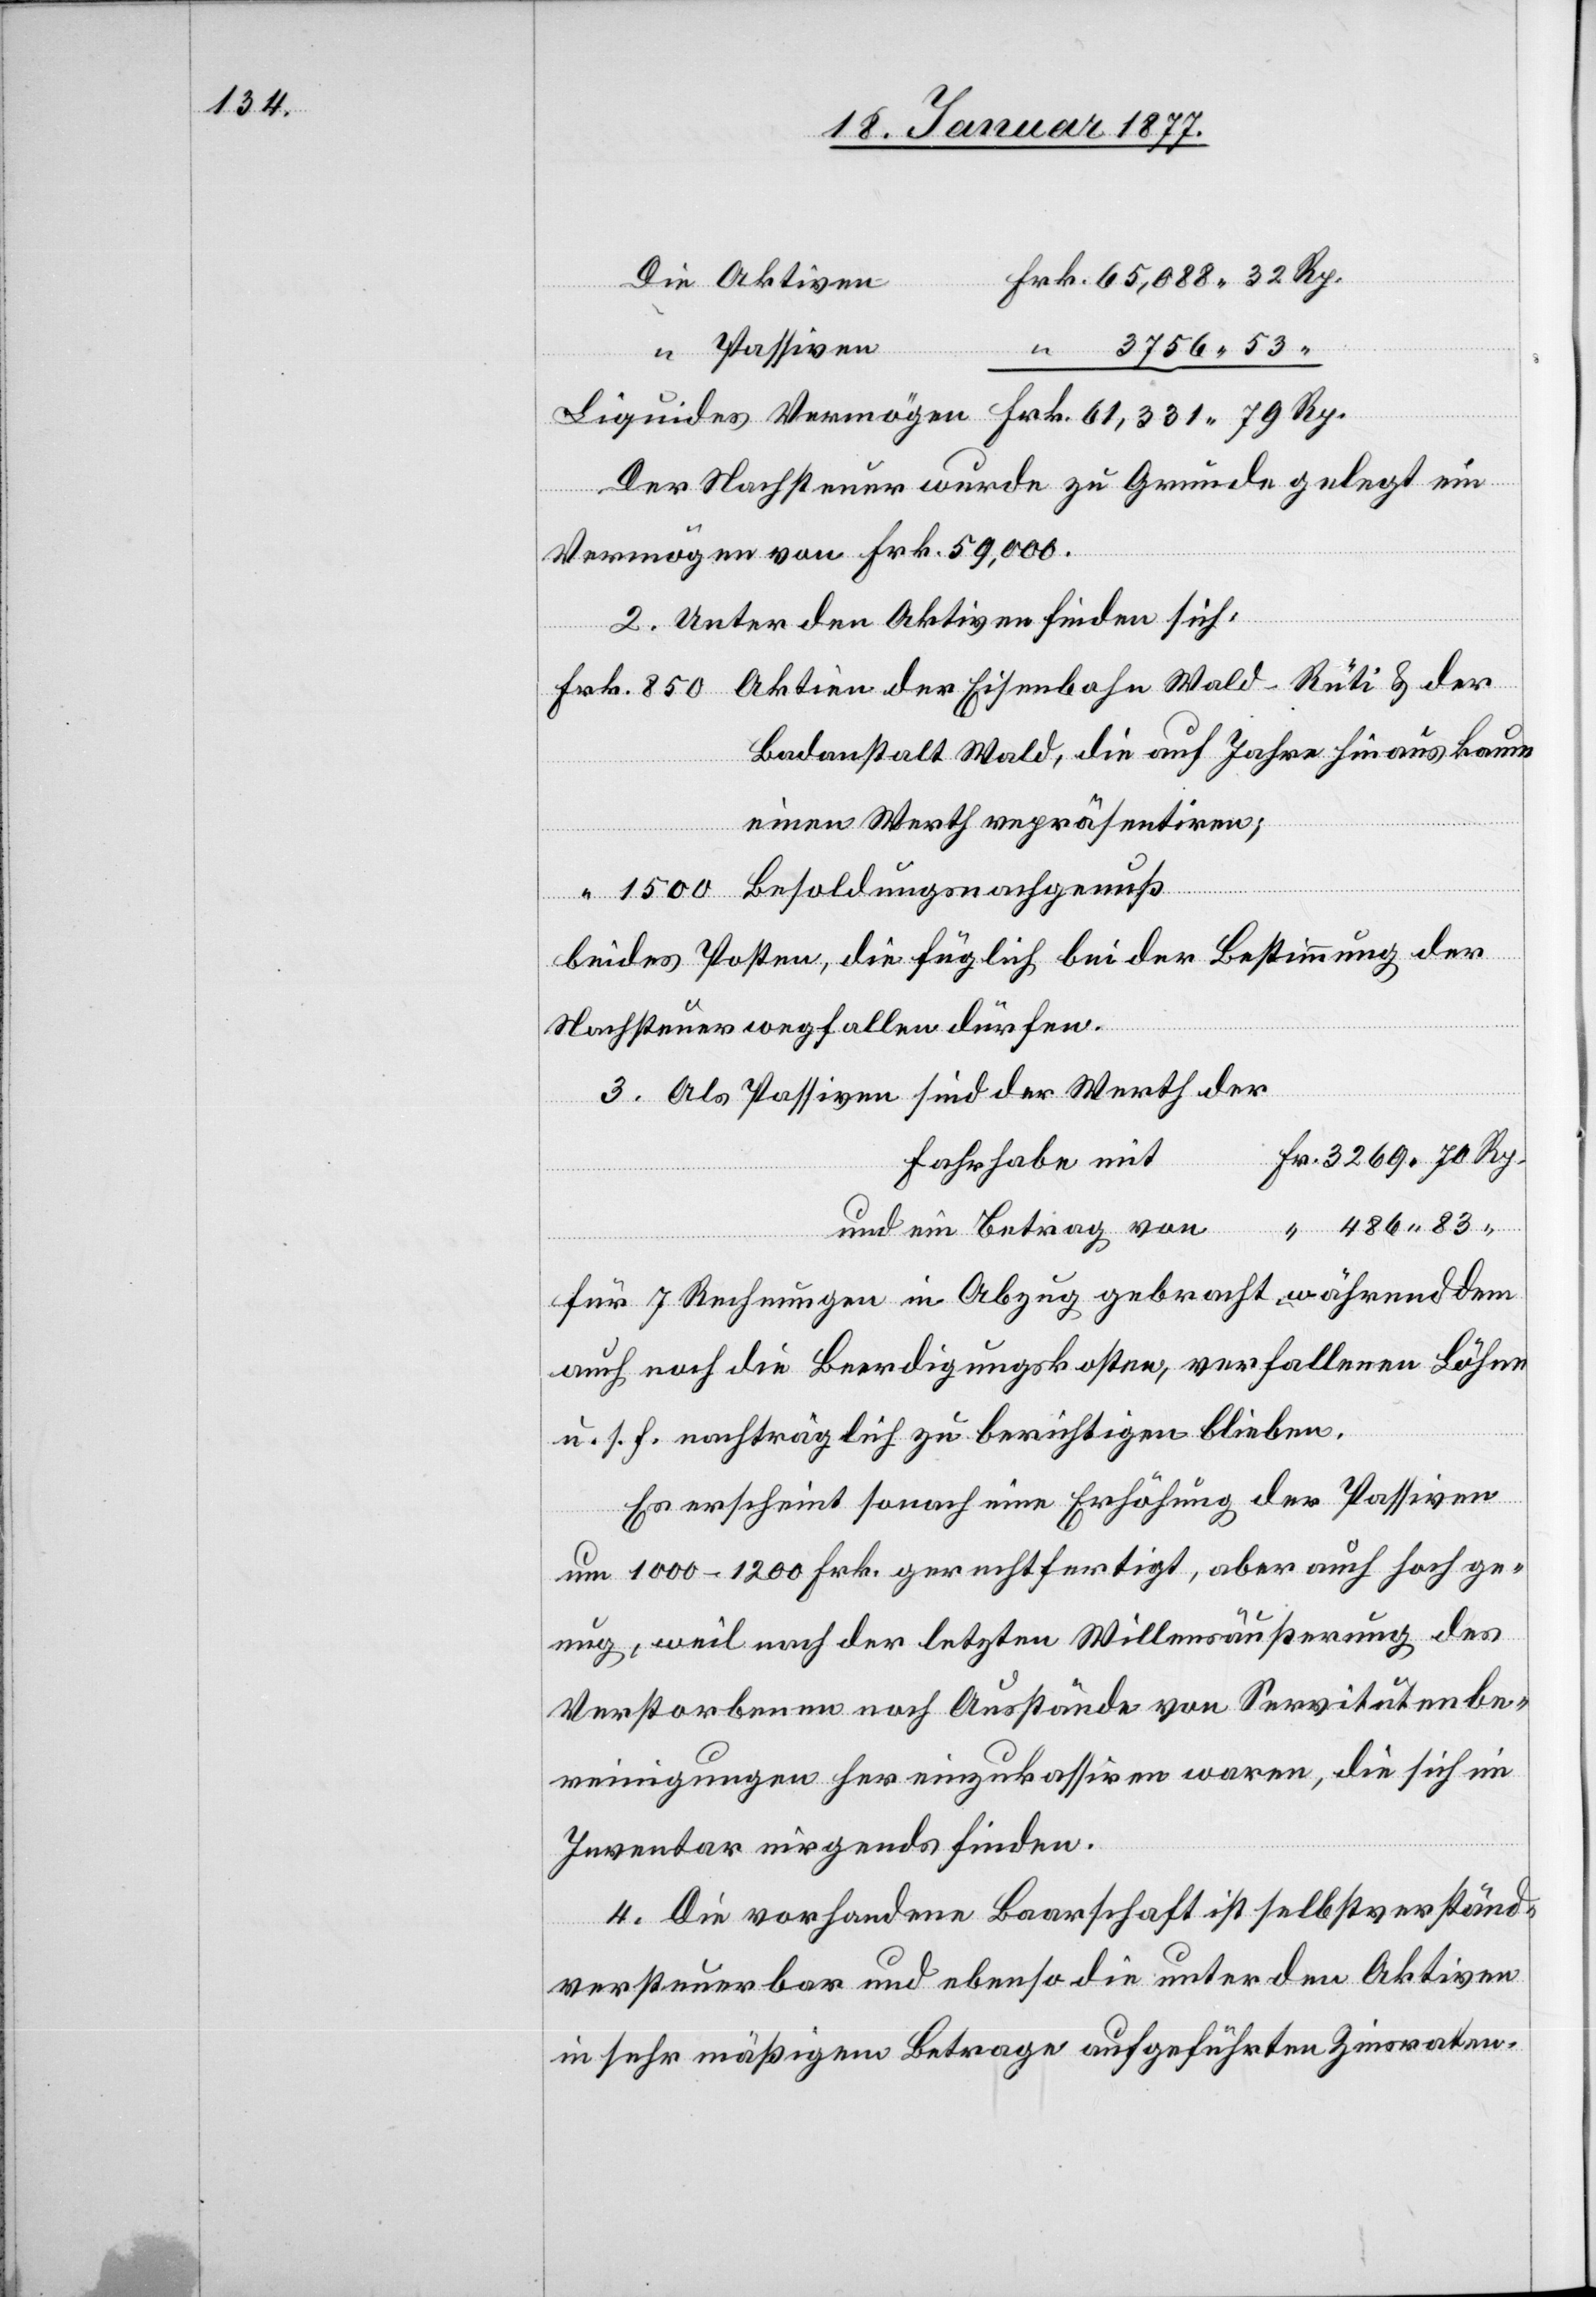
Passiven
Besoldungsnachgenuß
3756.79
Der Nachsteuer wurde zu Grunde gelegt ein
Vermögen von Frk. 59,000.
2. Unter den Aktiven finden sich:
Badanstalt Wald, die auf Jahre hinaus kaum
einen Werth repräsentiren;
beides Posten, die füglich bei der Bestimmung der
Nachsteuer wegfallen dürfen.
3. Als Passiven sind der Werth der
Fahrhabe mit
und ein Betrag von
für 7 Rechnungen in Abzug gebracht, während dem
auch noch die Beerdigungskosten, verfallenen Löhne
u. s. f. nachträglich zu berichtigen bleiben.
Es erscheint sonach eine Erhöhung der Passiven
um 1000–1200 Frk. gerechtfertigt, aber auch hoch ge¬
nug, weil nach der letzten Willensäußerung des
Verstorbenen noch Ausstände von Servitutenbe¬
reinigungen her einzukassiren waren, die sich im
Inventar nirgends finden.
4. Die vorhandene Baarschaft ist selbstverständ¬
lich
versteuerbar und ebenso die unter den Aktiven
in sehr mäßigem Betrage aufgeführten Zinsraten.